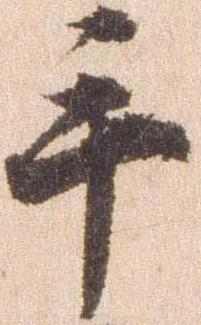
手